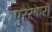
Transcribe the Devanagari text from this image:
पुरस्करों